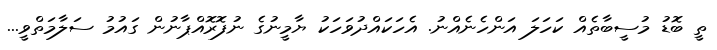
ތީ ބޮޑު މުސީބާތެއް ކަހަލަ އަންހެނެއްނު. އެހަކައްދުވަހަކު ޔާމީނުގެ ނުފޮރޮއްޕާނުން ގައުމު ސަލާމަތްވީ...